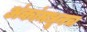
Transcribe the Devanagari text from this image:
अंकांमधूनच